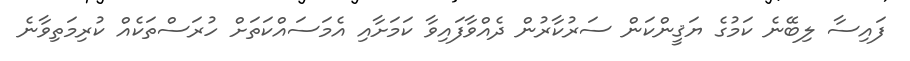
ފައިސާ ލިބޭނެ ކަމުގެ ޔަޤީންކަން ސަރުކާރުން ދެއްވާފައިވާ ކަމަށާއި އެމަސައްކަތަށް ހުރަސްތަކެއް ކުރިމަތިވާނެ